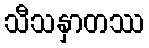
သီသနှာတဿ